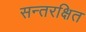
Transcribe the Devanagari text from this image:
सन्तरक्षित